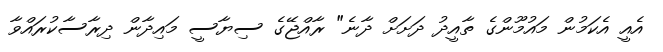
އެއީ އެކަމުން މައުމޫންގެ ތާއީދު ދަށަށް ދާނެ" ރާއްޖޭގެ ސިޔާސީ މައިދާން ދިރާސާކުރައްވާ